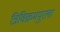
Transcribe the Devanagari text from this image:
त्रिविक्रमपुरला